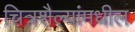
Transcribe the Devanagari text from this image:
चित्रशैल्यांमधील